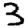
Digit: 3